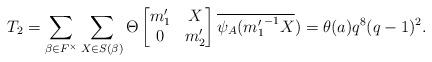
LaTeX: \begin{align*} T_2= \sum_{\beta \in F^{\times}}\sum_{X \in S(\beta)}\Theta \begin{bmatrix} m_1' & X\\ 0 & m_2' \end{bmatrix}\overline{\psi_A({m_1'}^{-1}X})=\theta(a)q^8(q-1)^2.\end{align*}